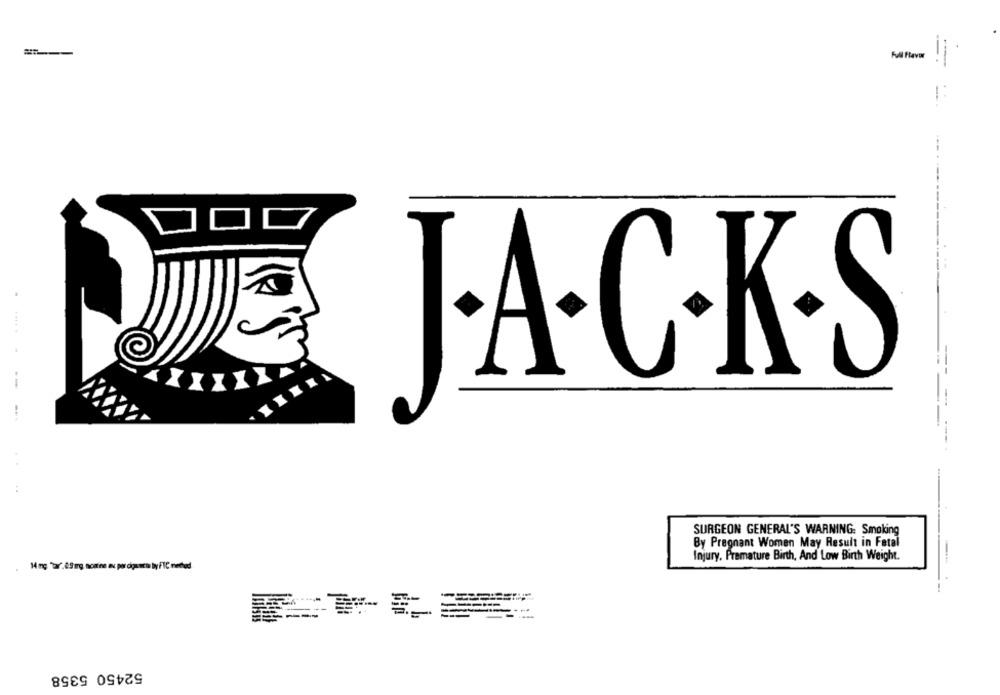
J.A.C.K.S
-
SURGEON GENERAL'S WARNING: Smoking
By Pregnant Women May Result in Fatal
Injury, Premature Birth, And Low Birth Weight.
52450 5358